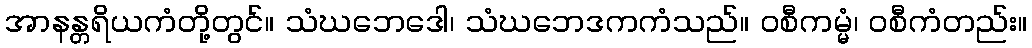
အာနန္တရိယကံတို့တွင်။ သံဃဘေဒေါ၊ သံဃဘေဒကကံသည်။ ဝစီကမ္မံ၊ ဝစီကံတည်း။